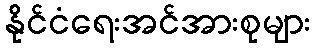
နိုင်ငံရေးအင်အားစုများ